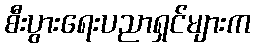
စီးပွားရေးပညာရှင်များက